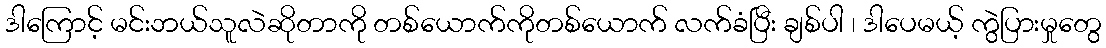
ဒါကြောင့် မင်းဘယ်သူလဲဆိုတာကို တစ်ယောက်ကိုတစ်ယောက် လက်ခံပြီး ချစ်ပါ ၊ ဒါပေမယ့် ကွဲပြားမှုတွေ